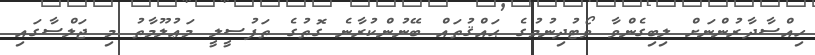
ހިއްސާދާރުންނަށް ލިބިގެންވާ ވޯޓުދިނުމުގެ ޙައްޤުތައް ބޭނުންކުރާނެ ގޮތުގެ ތަފުސީލީ މަޢުލޫމާތު މި ޖަލްސާގައި